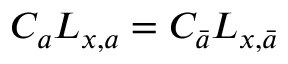
C _ { a } L _ { x , a } = C _ { \bar { a } } L _ { x , \bar { a } }